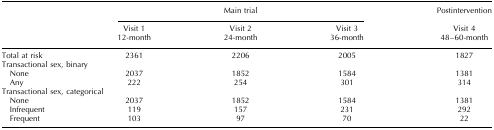
<table><thead><tr><td>[EMPTY_CELL]</td><td colspan="3"><b>Main trial</b></td><td><b>Postintervention</b></td></tr><tr><td>[EMPTY_CELL]</td><td><b>Visit 1</b></td><td><b>Visit 2</b></td><td><b>Visit 3</b></td><td><b>Visit 4</b></td></tr><tr><td>[EMPTY_CELL]</td><td><b>12-month</b></td><td><b>24-month</b></td><td><b>36-month</b></td><td><b>48–60-month</b></td></tr></thead><tbody><tr><td>Total at risk</td><td>2361</td><td>2206</td><td>2005</td><td>1827</td></tr><tr><td colspan="5">Transactional sex, binary</td></tr><tr><td> None</td><td>2037</td><td>1852</td><td>1584</td><td>1381</td></tr><tr><td> Any</td><td>222</td><td>254</td><td>301</td><td>314</td></tr><tr><td colspan="5">Transactional sex, categorical</td></tr><tr><td> None</td><td>2037</td><td>1852</td><td>1584</td><td>1381</td></tr><tr><td> Infrequent</td><td>119</td><td>157</td><td>231</td><td>292</td></tr><tr><td> Frequent</td><td>103</td><td>97</td><td>70</td><td>22</td></tr></tbody></table>